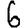
Digit: 6